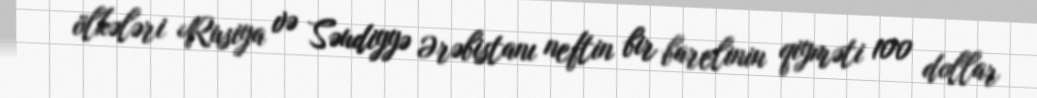
ölkələri Rusiya və Səudiyyə Ərəbistanı neftin bir barelinin qiyməti 100 dollar